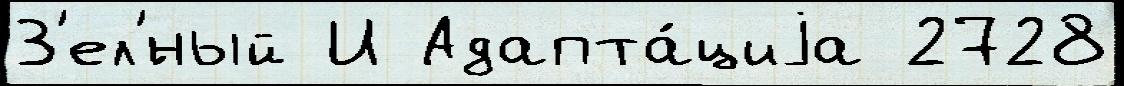
З'ел'́ный И Адапта́циjа 2728